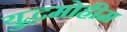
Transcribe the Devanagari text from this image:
युद्धमोहीम